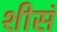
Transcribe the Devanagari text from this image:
शीसं